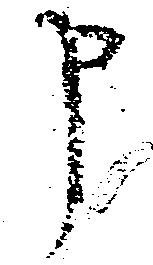
申